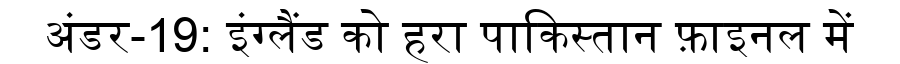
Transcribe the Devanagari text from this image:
अंडर-19: इंग्लैंड को हरा पाकिस्तान फ़ाइनल में